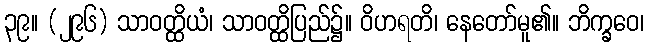
၃၉။ (၂၉၆) သာဝတ္ထိယံ၊ သာဝတ္ထိပြည်၌။ ဝိဟရတိ၊ နေတော်မူ၏။ ဘိက္ခဝေ၊